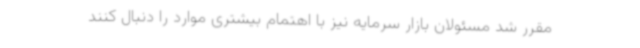
مقرر شد مسئولان بازار سرمایه نیز با اهتمام بیشتری موارد را دنبال کنند